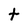
Character: t